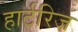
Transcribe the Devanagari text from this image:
हार्टरिज